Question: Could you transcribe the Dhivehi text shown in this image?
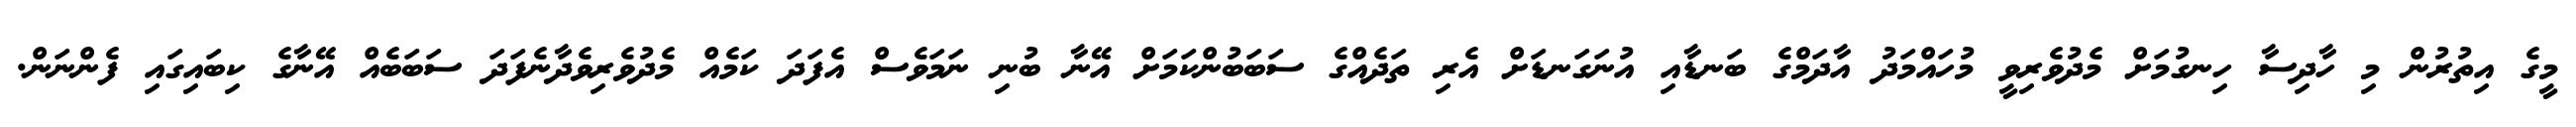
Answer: މީގެ އިތުރުން މި ހާދިސާ ހިނގުމަށް މެދުވެރިވީ މުހައްމަދު އާދަމްގެ ބަނޑާއި އުނަގަނޑަށް އެރި ތަދެއްގެ ސަބަބުންކަމަށް އޭނާ ބުނި ނަމަވެސް އެފަދަ ކަމެއް މެދުވެރިވެދާނެފަދަ ސަބަބެއް އޭނާގެ ކިބައިގައި ފެންނަން.